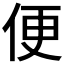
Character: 便